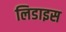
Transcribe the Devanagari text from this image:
लिडाइस